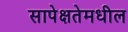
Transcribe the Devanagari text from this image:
सापेक्षतेमधील